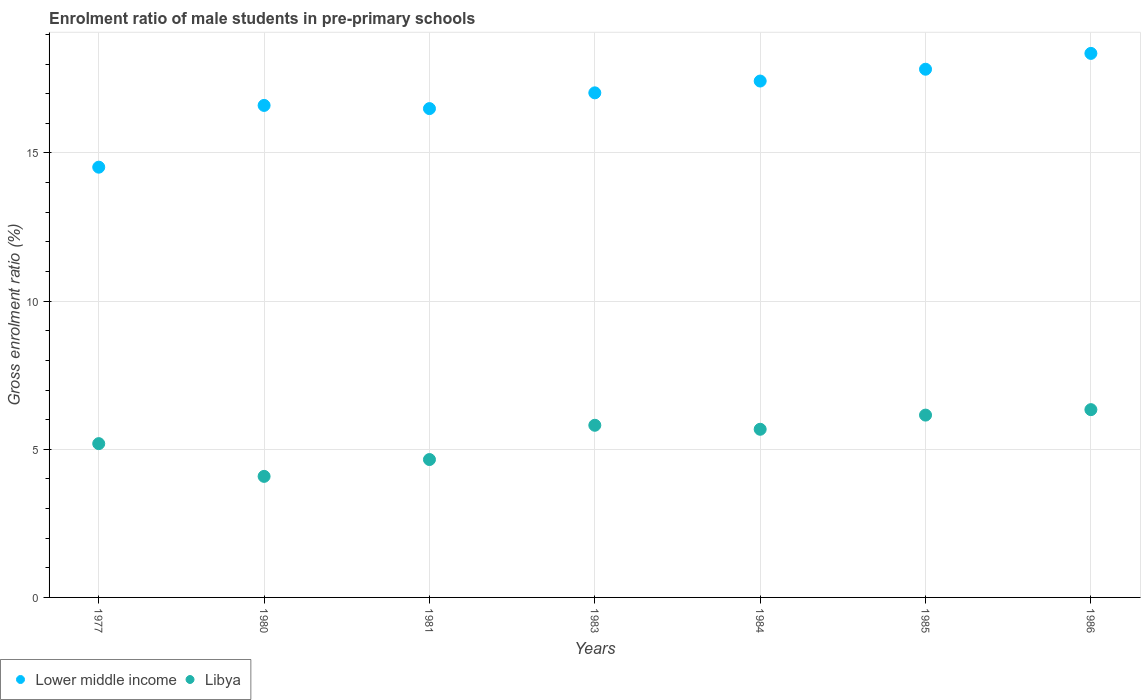
| Years | Lower middle income | Libya |
 | --- | --- | --- |
 | 1977 | 14.5 | 5.19 |
 | 1980 | 16.6 | 4.09 |
 | 1981 | 16.5 | 4.65 |
 | 1983 | 17 | 5.81 |
 | 1984 | 17.4 | 5.67 |
 | 1985 | 17.8 | 6.15 |
 | 1986 | 18.4 | 6.34 |